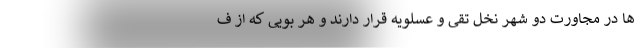
ها در مجاورت دو شهر نخل تقی و عسلویه قرار دارند و هر بویی که از ف